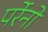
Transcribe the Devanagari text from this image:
पर्रेनो